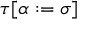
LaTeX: \tau [ \alpha : = \sigma ]